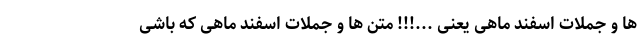
ها و جملات اسفند ماهی یعنی ...!!! متن ها و جملات اسفند ماهی که باشی